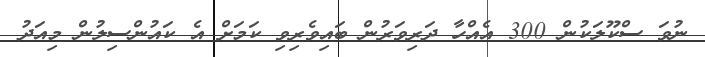
ނުވަ ސްކޫލަކުން 300 އެއްހާ ދަރިވަރުން ބައިވެރިިވި ކަމަށް އެ ކައުންސިލުން މިއަދު